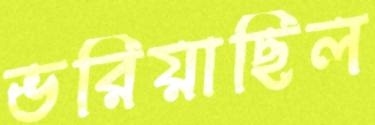
ভরিয়াছিল